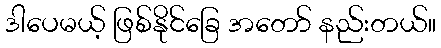
ဒါပေမယ့် ဖြစ်နိုင်ခြေ အတော် နည်းတယ်။